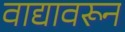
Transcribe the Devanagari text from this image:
वाद्यावरून